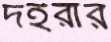
দইরার